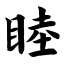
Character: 睦